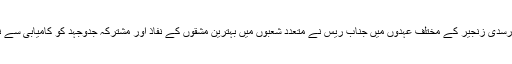
ڈینون میں رسدی زنجیر کے مختلف عہدوں میں جناب ریس نے متعدد شعبوں میں بہترین مشقوں کے نفاذ اور مشترکہ جدوجہد کو کامیابی سے نافذ کیا تھا۔